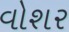
વોશર